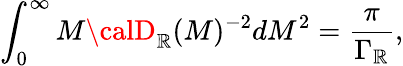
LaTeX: \int_{0}^{\infty}M{\calD}_{\mathbb{R}}(M)^{-2}dM^{2}=\frac{{\pi}}{{\Gamma_{\mathbb{R}}}},